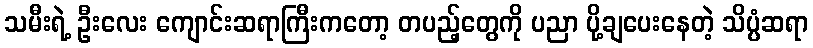
သမီးရဲ့ ဦးလေး ကျောင်းဆရာကြီးကတော့ တပည့်တွေကို ပညာ ပို့ချပေးနေတဲ့ သိပ္ပံဆရာ